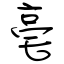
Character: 亳